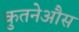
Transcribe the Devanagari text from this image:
कुतनेऔस